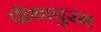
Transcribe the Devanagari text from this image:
पीथापुरम